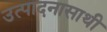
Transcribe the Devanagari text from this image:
उत्पादनासाथी